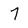
Character: 7